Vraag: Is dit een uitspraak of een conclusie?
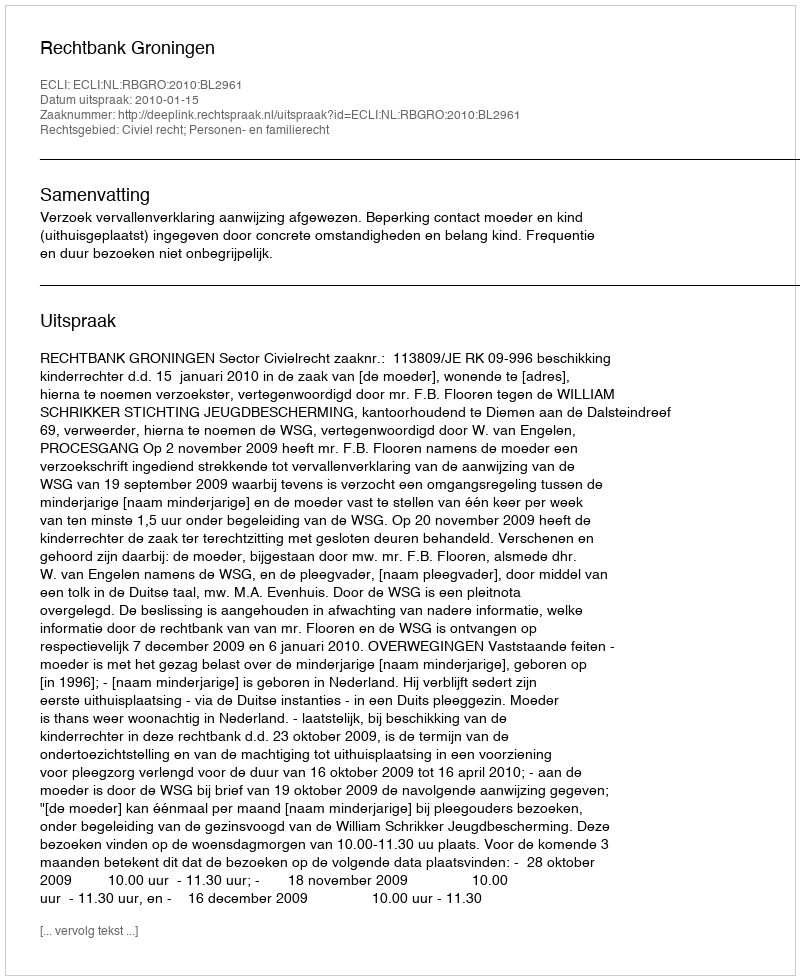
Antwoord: Uitspraak